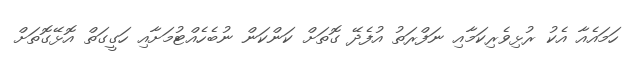
ހަމައެއާ އެކު ރުޅިވެރިކަމާއި ނަފްރަތު އުފެދޭ ގޮތަށް ކަންކަން ނުބެހެއްޓުމަށާއި ހަގީގަތް އޮޅޭގޮތަށް